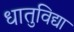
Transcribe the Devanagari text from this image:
धातुविद्या